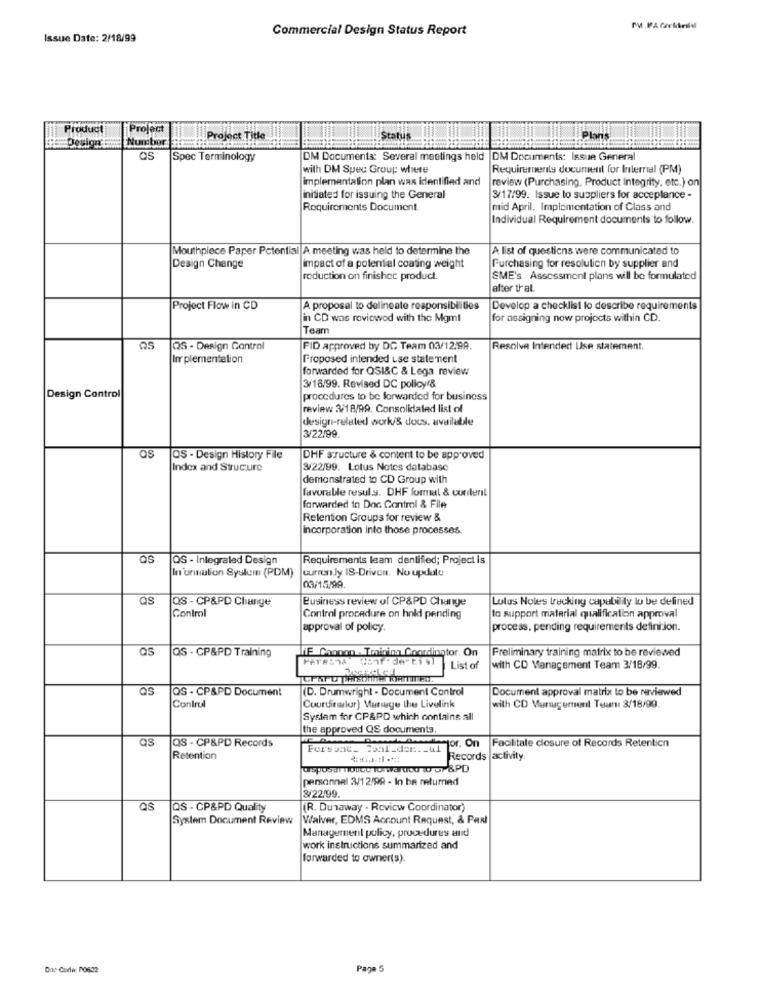
Commercial Design Status Report
Issue Date: 2/18/99
Product
Project
Nun:bor
Project Title
Status
Plan
as
Spec Terminology
DM Documents: Several meetings held |DM Documents: Issue Genera
with DM Spec Group where
Requirements document for Internal (PM)
implementation plan was identified and
review (Purchasing, Product Integrity, etc.) on
initiated for issuing the General
3/17/99. Issue to suppliers for acceptance -
Requirements Document.
mid April. Implementation of Class and
Individual Requirement documents to follow.
Mouthpiece Paper Potential A meeting was held to determine the
A list of questions were communicated to
Design Change
impact of a potential coating weight
Purchasing for resolution by supplier and
roduction on finished product.
SME's Assessment plans will be formulated
after that.
Project Flow in CD
A proposal to delineate responsibilities
Develop a checklist to describe requirements
in CD was roviowod with the Mgmt
for assigning now projects within CD
Team
QS - Design Control
FID approved by DC Team 03/12.99.
Resolve Intended Use statement.
Irr plementation
Proposed intended Lse statement
forwarded for QSI&C & Lega review
3/18/99. Revised DC policy/&
Design Control
procedures to be forwarded for business
review 3/18/99. Consolidated list of
design-related work/& docs. available
3/22/99.
Os
OS - Design History File
DHF structure & content to be approved
Index and Structure
3/22/99. Lotus Notes database
demonstrated to CD Group with
favorable resul.s. DHF formal & curileril
forwarded in Doc Control & File
Retention Groups for review &
Incorporation into those processes.
OS
QS - Integraled Design
Requirements leam dentified; Project is
In'ormation System (PDM)
currently 18-Driven. No update
03/15/99
Qs
Business review of CP&PD Change
Lotus Notes tracking capability to be defined
OS - CP&PD Change
Control
Control procedure on hold pending
to support material qualification approval
approval of policy.
process, pending requirements definition.
as
HE Casoon - Tmining Coordinator. On
Preliminary training matrix to be reviewed
QS - CP&PD Training
List of
with CD Management Team 3/18/99.
(D. Drumwright - Document Control
Document approval matrix to be reviewed
QS - CP&PD Document
Control
Courtinalar) Marsuge the Livelink
with CD Vunugemunt Tuan: 3/18/90.
System for CP&PD which contains all
the approved QS documents
QS - CP&PD Records
Pro- actor. On
Hor. On
Facilitate closure of Records Retention
Forrent_ coal_dor ._ ul
Retention
Records |activity.
personnel 3/12/99 - lo be returned
3/22/99.
QS
QS - CP&PD Quality
(R. Dunaway - Review Coordinator)
System Document Review
Waiver, EDMS Account Request, & Past
Management policy, procedures and
work instructions summarized and
forwarded to owner(s).
Das Conla: Poste
Paye 5